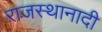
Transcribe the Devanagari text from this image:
राजस्थानादी